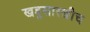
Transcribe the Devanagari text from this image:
खडूसारखीच